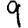
Digit: 9